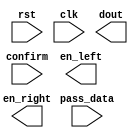
/*--  *******************************************************
--  Computer Architecture Course, Laboratory Sources 
--  Amirkabir University of Technology (Tehran Polytechnic)
--  Department of Computer Engineering (CE-AUT)
--  https://ce[dot]aut[dot]ac[dot]ir
--  *******************************************************
--  All Rights reserved (C) 2019-2020
--  *******************************************************
--  Student ID  : 
--  Student Name: 
--  Student Mail: 
--  *******************************************************
--  Additional Comments:
--
--*/

/*-----------------------------------------------------------
---  Module Name: FSM
---  Description: Lab 10 Part 2
-----------------------------------------------------------*/
`timescale 1 ns/1 ns

module fsm (
	input        rst ,
	input        clk ,
	input        confirm ,
	input  [3:0] pass_data ,
	output       en_left ,
	output       en_right ,
	output [3:0] dout
);

	/* write your code here */
	
	/* write your code here */

endmodule